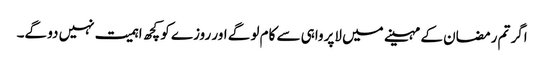
اگر تم رمضان کے مہینے میں لاپرواہی سے کام لو گے اور روزے کو کچھ اہمیت نہیں دو گے۔